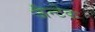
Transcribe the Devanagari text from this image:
जैन्टेक